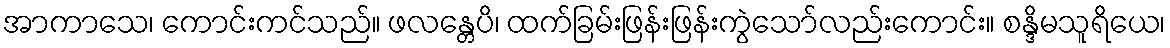
အာကာသေ၊ ကောင်းကင်သည်။ ဖလန္တေပိ၊ ထက်ခြမ်းဖြန်းဖြန်းကွဲသော်လည်းကောင်း။ စန္ဒိမသူရိယေ၊